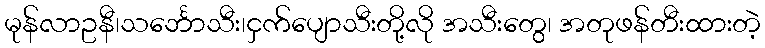
မုန်လာဥနီ၊သင်္ဘောသီး၊ငှက်ပျောသီးတို့လို အသီးတွေ၊ အတုဖန်တီးထားတဲ့